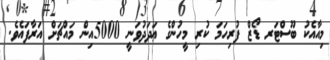
މިއާއެކު ބޫސްޓަރ ޑޯޒް ފުރިހަމަ ކުރި މީހުންގެ ޢަދަދުވަނީ 5000އިން މައްޗަށް އަރާފައެވެ.